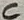
Text: C